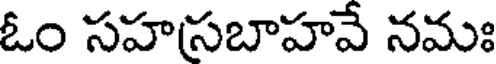
ఓం సహసబాహవే నమః